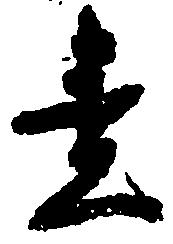
責